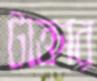
টাক্তার